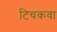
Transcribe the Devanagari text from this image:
टिचकवा